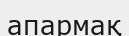
апармақ